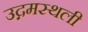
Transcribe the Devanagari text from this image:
उद्गमस्थली